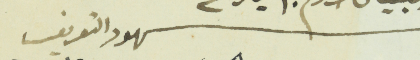
شهود التعريف